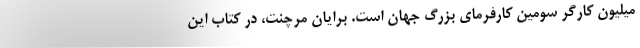
میلیون کارگر سومین کارفرمای بزرگ جهان است. برایان مرچنت، در کتاب این